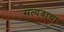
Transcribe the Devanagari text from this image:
सत्यवाचा